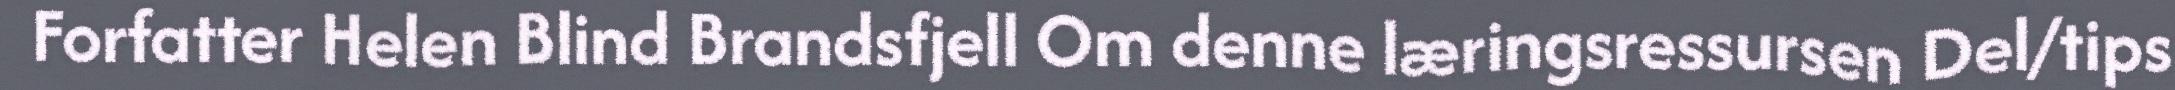
Forfatter Helen Blind Brandsfjell Om denne læringsressursen Del/tips